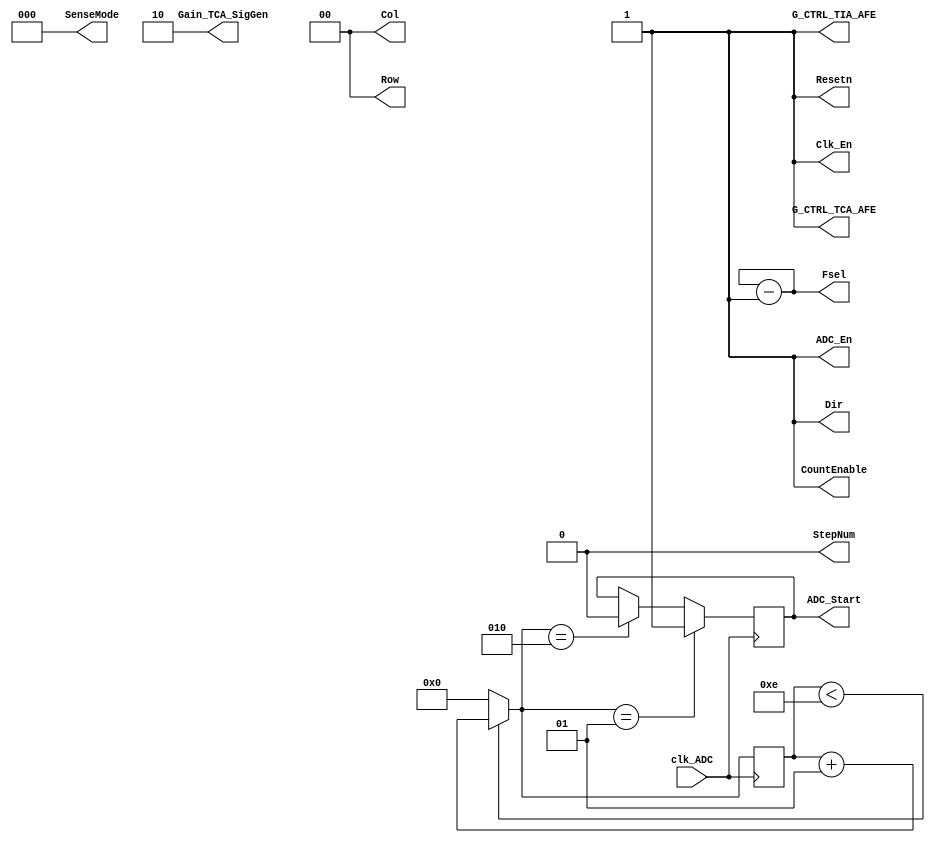
//Verilog HDL for "BioZ_EMG_Model", "BioZ_Digital_stim" "functional"


module BioZ_Digital_stim (Fsel,StepNum,Gain_TCA_SigGen,CountEnable,Resetn,Clk_En,G_CTRL_TCA_AFE,G_CTRL_TIA_AFE,ADC_En,ADC_Start,Dir,Row,Col,SenseMode,clk_ADC);

input clk_ADC;
output [3:0] Fsel;
output [1:0] Row, Col, Gain_TCA_SigGen;
output [2:0] SenseMode;
output StepNum,CountEnable,Resetn,Clk_En,G_CTRL_TCA_AFE,G_CTRL_TIA_AFE,ADC_En,ADC_Start,Dir;

//parameter cycle = 1428; // 700 kHz
parameter cycle = 4500000; // 4.5 ms

parameter [3:0] freq_selection = 4'b1100;
parameter ADC_clk_cycle = 14; // ADC takes 15 clock cycles to convert

reg StepNum,CountEnable,Resetn,Clk_En,G_CTRL_TCA_AFE,G_CTRL_TIA_AFE,ADC_En,ADC_Start,Dir;
reg [3:0] Fsel;
reg [1:0] Row, Col, Gain_TCA_SigGen;
reg [2:0] SenseMode;

integer cnt_conv;

initial begin
	StepNum = 0;
	Gain_TCA_SigGen = 2'b10;
	CountEnable = 1;
	Fsel = freq_selection;
	Resetn = 1;
	Clk_En = 1;

	G_CTRL_TCA_AFE = 1;
	G_CTRL_TIA_AFE = 1;
	ADC_En = 0;
	ADC_Start = 0;
	cnt_conv = 0;

	Dir = 1;
	Row = 2'b00;
	Col = 2'b00;
	SenseMode = 3'b000;

	#200 Resetn = 0; Clk_En = 0; ADC_En = 0;
	#400 Resetn = 1; Clk_En = 1; ADC_En = 1;
end 

always begin
	#(cycle) Fsel = Fsel - 1;
//	case (Fsel)
		//4'b1010: #(1e6/0.9765625) Fsel = Fsel - 1;
		//4'b1001: #(1e6/1.95215) Fsel = Fsel - 1;
		//4'b1000: #(1e6/3.90625) Fsel = Fsel - 1;
		//4'b0111: #(1e6/7.8125) Fsel = Fsel - 1;
		//4'b0110: #(1e6/15.625) Fsel = Fsel - 1;
		//4'b0101: #(1e6/31.25) Fsel = Fsel - 1;
		//4'b0100: #(1e6/62.5) Fsel = Fsel - 1;
		//4'b0011: #(1e6/125) Fsel = Fsel - 1;
		//4'b0010: #(1e6/250) Fsel = Fsel - 1;
		//4'b0001: #(1e6/500) Fsel = Fsel - 1;
		//4'b0000: #(1e6/1e3) Fsel = Fsel - 1;
//	endcase
end

always@(posedge clk_ADC) begin
	
	if(cnt_conv < ADC_clk_cycle) begin
		cnt_conv = cnt_conv +1;
	end else begin
		cnt_conv = 0;
	end
	
	if(cnt_conv == 1) begin
		ADC_Start <= 1'b1;
	end else if(cnt_conv == 2) begin
		ADC_Start <= 1'b0;
	end
end

endmodule